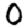
Digit: 0